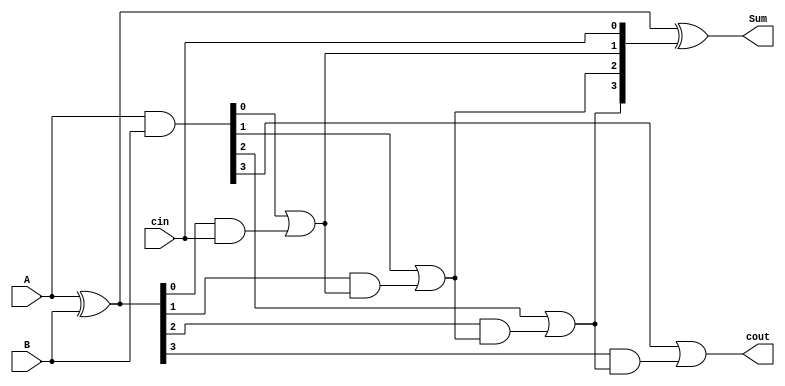
//4bit CLA
module cla_4bit(A, B, cin, Sum, cout);
    input [3:0] A;
    input [3:0] B;
    input cin;
    output [3:0] Sum;
    output cout;

    wire [3:0] p, g;
    wire [4:0] c;

    assign p = A ^ B;
    assign g = A & B;

    assign c[0] = cin;
    assign c[1] = g[0] | (p[0] & c[0]);
    assign c[2] = g[1] | (p[1] & c[1]);
    assign c[3] = g[2] | (p[2] & c[2]);
    assign c[4] = g[3] | (p[3] & c[3]);

    assign Sum = p ^ c[3:0];
    assign cout = c[4];
endmodule

module red_16bit(A, B, Output);
    input [15:0] A;
    input [15:0] B;
    output [15:0] Output;

    wire [8:0] sumab; 
    wire [8:0] sumcd;
    wire [8:0] result;

    wire [3:0] sum_ab_low, sum_ab_high, sum_cd_low, sum_cd_high;
    wire cout_ab_low, cout_ab_high, cout_cd_low, cout_cd_high;

    cla_4bit cla_ab_low(.A(A[3:0]), .B(B[3:0]), .cin(1'b0), .Sum(sum_ab_low), .cout(cout_ab_low));

    cla_4bit cla_ab_high(.A(A[7:4]), .B(B[7:4]), .cin(cout_ab_low), .Sum(sum_ab_high), .cout(cout_ab_high));

    assign sumab = {cout_ab_high, sum_ab_high, sum_ab_low}; 

    cla_4bit cla_cd_low(.A(A[11:8]), .B(B[11:8]), .cin(1'b0), .Sum(sum_cd_low), .cout(cout_cd_low));

    cla_4bit cla_cd_high(.A(A[15:12]), .B(B[15:12]), .cin(cout_cd_low), .Sum(sum_cd_high), .cout(cout_cd_high));

    assign sumcd = {cout_cd_high, sum_cd_high, sum_cd_low};

    wire [3:0] sum_final_low, sum_final_mid, sum_final_high;
    wire cout_final_low, cout_final_mid;

    cla_4bit cla_final_low(.A(sumab[3:0]), .B(sumcd[3:0]), .cin(1'b0), .Sum(sum_final_low), .cout(cout_final_low));

    cla_4bit cla_final_mid(.A(sumab[7:4]), .B(sumcd[7:4]), .cin(cout_final_low), .Sum(sum_final_mid), .cout(cout_final_mid));

    cla_4bit cla_final_high(.A({4{sumab[8]}}), .B({4{sumcd[8]}}), .cin(cout_final_mid),.Sum({sum_final_high[2:0], result[8]}), .cout());

    assign result[7:4] = sum_final_mid;
    assign result[3:0] = sum_final_low;

    assign Output = {result[8], result[7:0]};

endmodule